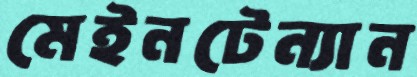
মেইনটেন্যান